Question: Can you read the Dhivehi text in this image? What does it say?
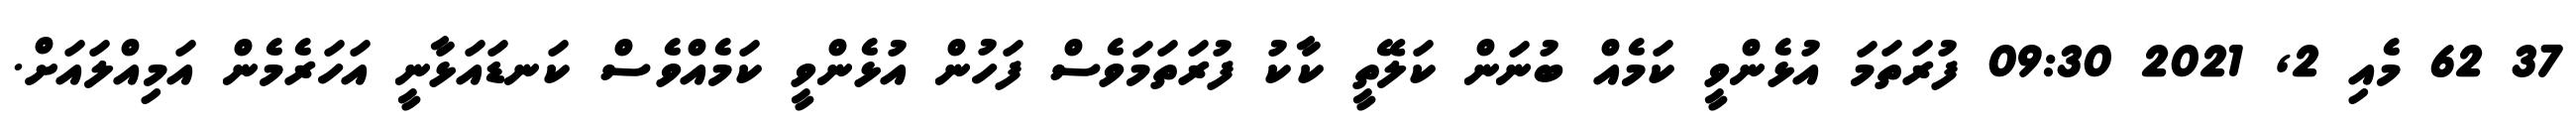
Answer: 37 62 މެއި 2, 2021 09:30 ފުރަތަމަ އުޅެންވީ ކަމެއް ބުނަން ކަލޭތީ ކާކު ފުރަތަމަވެސް ފަހުން އުޅެންވީ ކަމެއްވެސް ކަނޑައަޅާނީ އަހަރެމެން އަމިއްލައަށް.